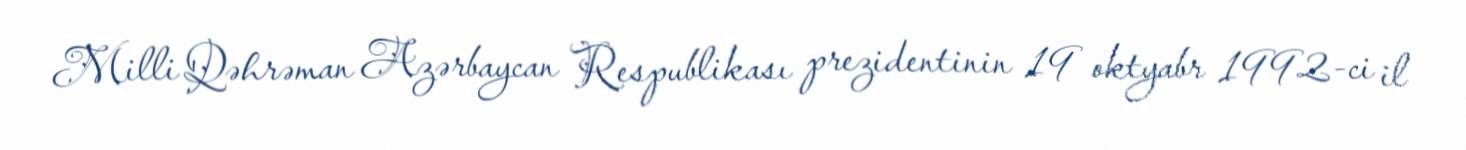
Milli Qəhrəman Azərbaycan Respublikası prezidentinin 19 oktyabr 1992-ci il